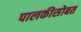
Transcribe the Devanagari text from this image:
पालकीसोबत